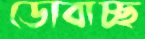
ডোবাচ্ছ